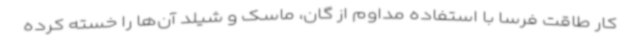
کار طاقت فرسا با استفاده مداوم از گان، ماسک و شیلد آن‌ها را خسته کرده